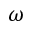
\omega